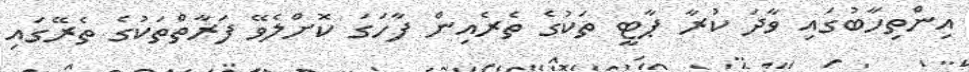
އިންތިހާބުގައި ވާދަ ކުރާ ޕާޓީ ތަކުގެ ތެރެއިން ފާހަގަ ކޮށްލެވޭ ފަރާތްތަކުގެ ތެރޭގައި